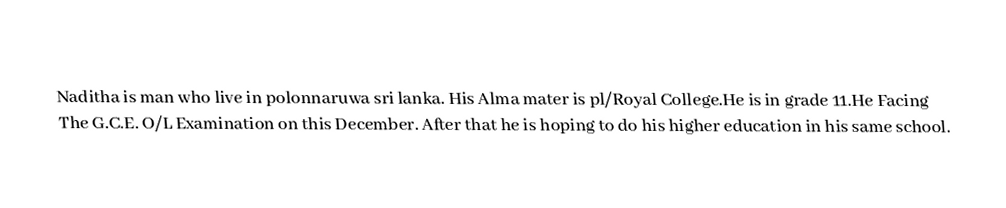
Naditha is man who live in polonnaruwa sri lanka. His Alma mater is pl/Royal College.He is in grade 11.He Facing The G.C.E. O/L Examination on this December. After that he is hoping to do his higher education in his same school.